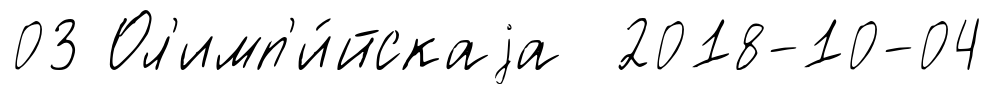
03 Ол'имп'и́йскаjа 2018-10-04